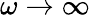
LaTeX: \omega\rightarrow\infty